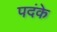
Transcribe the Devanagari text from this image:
पदंके